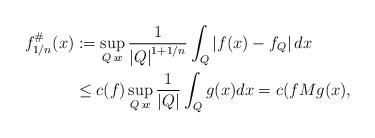
LaTeX: \begin{align*}f_{1/n}^{\#}(x)& :=\sup_{Q\backepsilon x}\frac{1}{\left\vert Q\right\vert^{1+1/n}}\int_{Q}\left\vert f(x)-f_{Q}\right\vert dx \\& \leq c(f)\sup_{Q\backepsilon x}\frac{1}{\left\vert Q\right\vert }\int_{Q}g(x)dx=c(fMg(x),\end{align*}